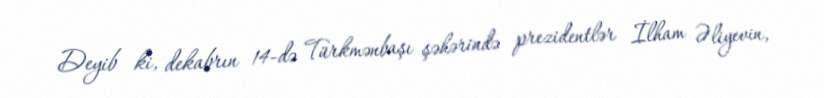
Deyib ki, dekabrın 14-də Türkmənbaşı şəhərində prezidentlər İlham Əliyevin,